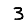
Digit: 3